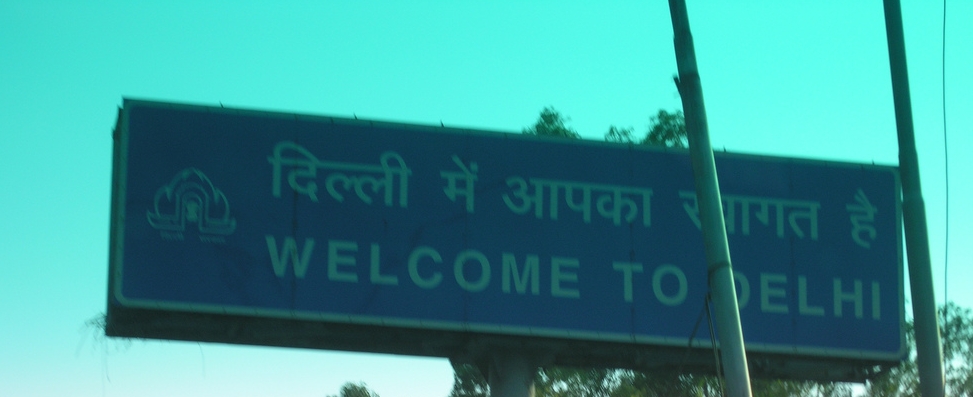
Language: hindi
Transcription: में दिल्ली स्वागत है